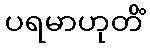
ပရမာဟုတိံ